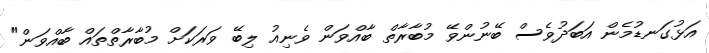
އަޅުގަނޑުމެން އަބަދުވެސް ބޭނުންވޭ މުބާރާތް ބާއްވަން ވެނިއު ލިބޭ ވަރަކަށް މުބާރާތްތައް ބާއްވަން"